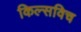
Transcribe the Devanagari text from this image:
किल्सविच